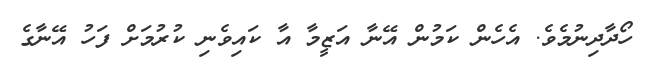
ހޯދާދިނުމެވެ. އެހެން ކަމުން އޭނާ އަޒީމާ އާ ކައިވެނި ކުރުމަށް ފަހު އޭނާގެ